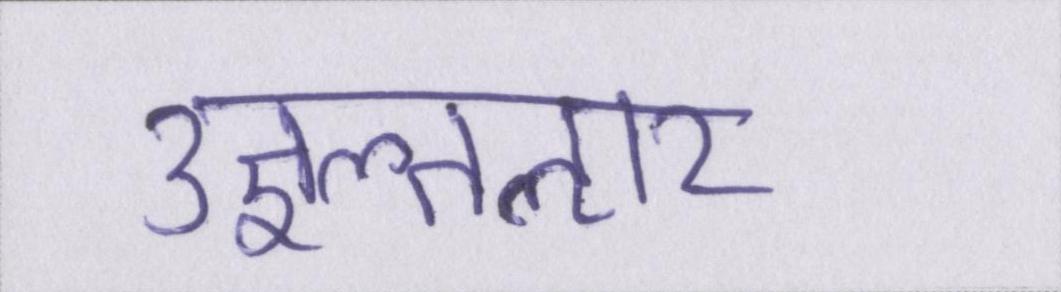
उज्ञल्तऌार